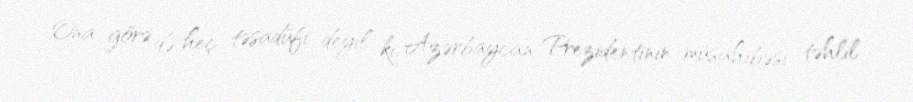
Ona görə də, heç təsadüfi deyil ki, Azərbaycan Prezidentinin müsahibəsi təhlil